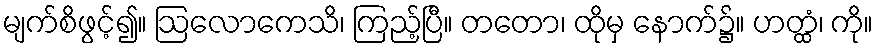
မျက်စိဖွင့်၍။ ဩလောကေသိ၊ ကြည့်ပြီ။ တတော၊ ထိုမှ နောက်၌။ ဟတ္ထံ၊ ကို။